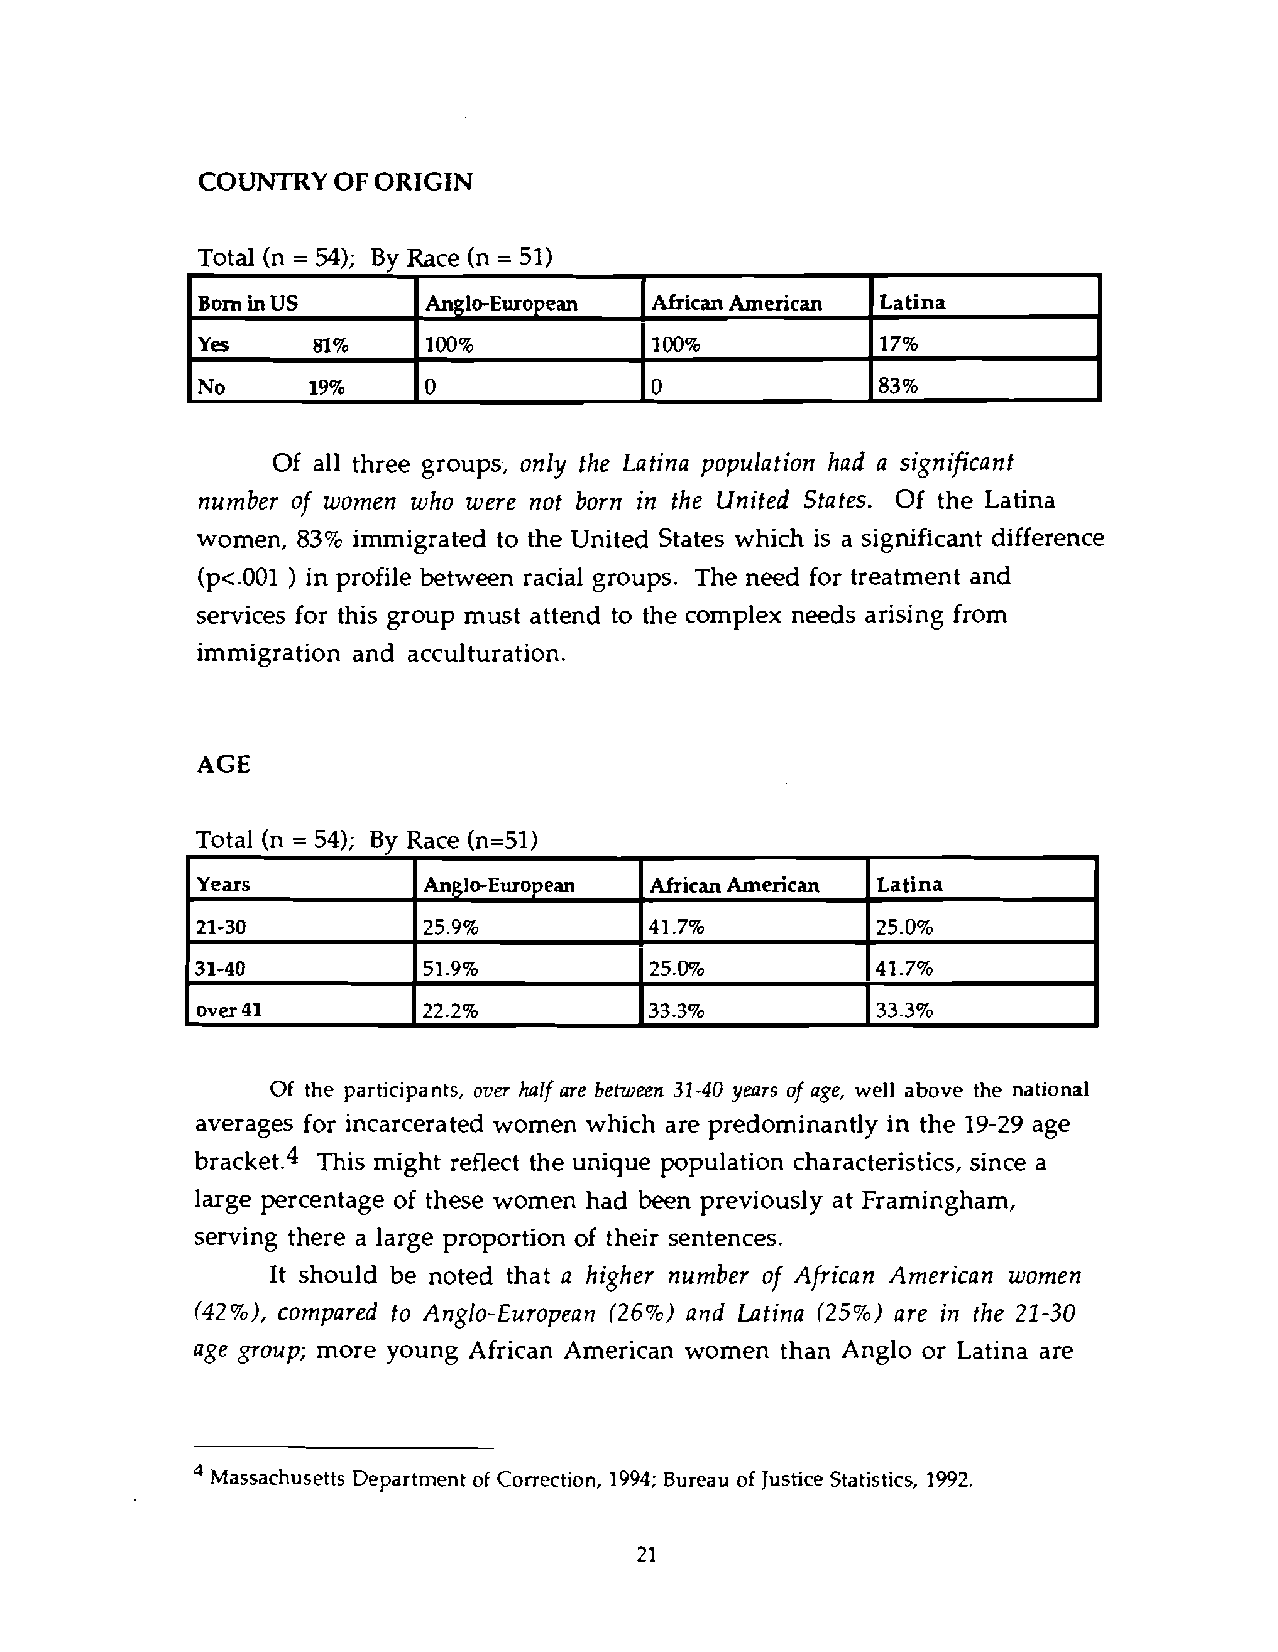
COUNTRY  OF ORIGIN
 Total (n = 54); By Race (n = 51)
 I              II             (I             1I              1 I
 Born in US     Anglo-European ~frican~ merican Latina
 I
 Yes     81%    100%                         117%
 I              I              I
 Of all three groups, only the Latina population had a significant
 number of women who were not born in the United States. Of the Latina
 women, 83% immigrated to the United States which is a significant difference
 (p<.001 ) in profile between racial groups. The need for treatment and
 services for this group must attend to the complex needs arising from
 immigration and acculturation.
 AGE
 Total (n = 54); By Race (n=51)
 Years          AngleEuropean  African American Latina
 21-30          25.9%          41.7%          25.0%
 31-40          51.9%          25.0%          41.7%
 over 41        22.2%          33.3%          33.3%
 Of the participants, over half are between 3140 years of age, well above the national
 averages for incarcerated women which are predominantly in the 19-29 age
 bracket.4 This might reflect the unique population characteristics, since a
 large percentage of these women had been previously at Framingham,
 serving there a large proportion of their sentences.
 It should be noted that a higher number of African American women
 f42%), compared to Anglo-European (26%) and Latina (25%) are in the 21-30
 age group; more young African American women than Anglo or Latina are
 Massachusetts Department of Correction, 1994; Bureau of Justice Statistics, 1992.
 21